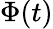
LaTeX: \Phi(t)